Scientific memoirs by medical officers of the Army of India - Part VII,
Year: 1892
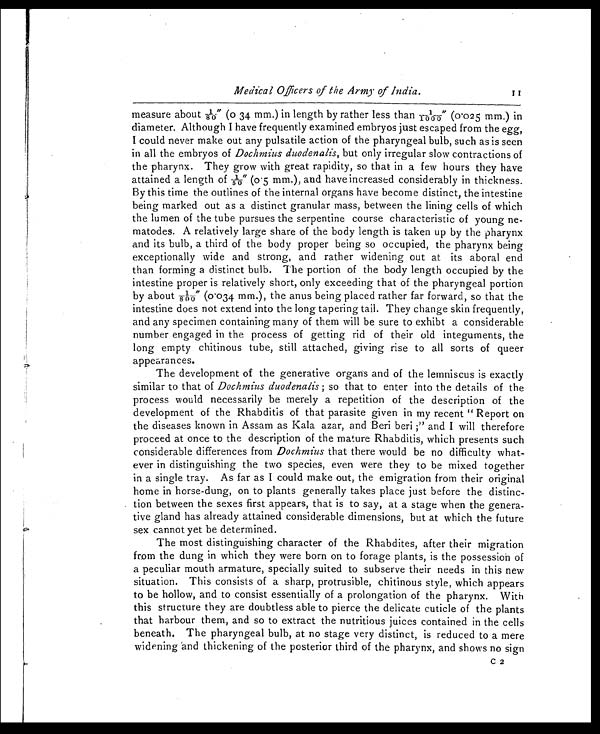
Medical Officers of the Army of India.
11
measure about 1/80" (0.34 mm.) in length by rather less than 1/1000" (0.025 mm.) in
diameter. Although I have frequently examined embryos just escaped from the egg,
I could never make out any pulsatile action of the pharyngeal bulb, such as is seen
in all the embryos of Dochmius duodenalis, but only irregular slow contractions of
the pharynx. They grow with great rapidity, so that in a few hours they have
attained a length of 1/50" (0.5 mm.), and have increased considerably in thickness.
By this time the outlines of the internal organs have become distinct, the intestine
being marked out as a distinct granular mass, between the lining cells of which
the lumen of the tube pursues the serpentine course characteristic of young ne-
matodes. A relatively large share of the body length is taken up by the pharynx
and its bulb, a third of the body proper being so occupied, the pharynx being
exceptionally wide and strong, and rather widening out at its aboral end
than forming a distinct bulb. The portion of the body length occupied by the
intestine proper is relatively short, only exceeding that of the pharyngeal portion
by about 1/800" (0.034 mm.), the anus being placed rather far forward, so that the
intestine does not extend into the long tapering tail. They change skin frequently,
and any specimen containing many of them will be sure to exhibt a considerable
number engaged in the process of getting rid of their old integuments, the
long empty chitinous tube, still attached, giving rise to all sorts of queer
appearances.
The development of the generative organ's and of the lemniscus is exactly
similar to that of Dochmius duodenalis; so that to enter into the details of the
process would necessarily be merely a repetition of the description of the
development of the Rhabditis of that parasite given in my recent "Report on
the diseases known in Assam as Kala azar, and Beri beri;" and I will therefore
proceed at once to the description of the mature Rhabditis, which presents such
considerable differences from Dochmius that there would be no difficulty what-
ever in distinguishing the two species, even were they to be mixed together
in a single tray. As far as I could make out, the emigration from their original
home in horse-dung, on to plants generally takes place just before the distinc-
tion between the sexes first appears, that is to say, at a stage when the genera-
tive gland has already attained considerable dimensions, but at which the future
sex cannot yet be determined.
The most distinguishing character of the Rhabdites, after their migration
from the dung in which they were born on to forage plants, is the possession of
a peculiar mouth armature, specially suited to subserve their needs in this new
situation. This consists of a sharp, protrusible, chitinous style, which appears
to be hollow, and to consist essentially of a prolongation of the pharynx. With
this structure they are doubtless able to pierce the delicate cuticle of the plants
that harbour them, and so to extract the nutritious juices contained in the cells
beneath. The pharyngeal bulb, at no stage very distinct, is reduced to a mere
widening and thickening of the posterior third of the pharynx, and shows no sign
C 2